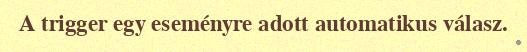
A trigger egy eseményre adott automatikus válasz.